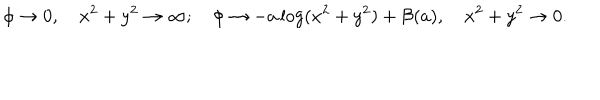
LaTeX: \phi \rightarrow 0 , \quad x ^ { 2 } + y ^ { 2 } \rightarrow \infty ; \quad \phi \rightarrow - a \log ( x ^ { 2 } + y ^ { 2 } ) + { \cal B } ( a ) , \quad x ^ { 2 } + y ^ { 2 } \rightarrow 0 .